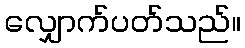
လျှောက်ပတ်သည်။